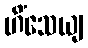
ဟိံသေယျ